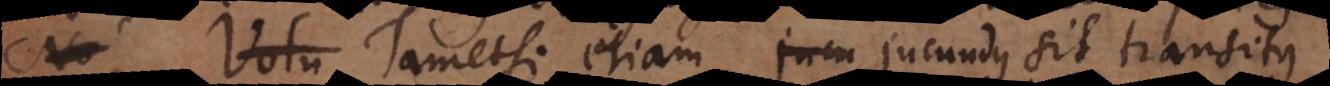
No Volu Tametsi etiam jucundus sit transitus